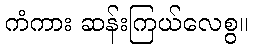
ကံကား ဆန်းကြယ်လေစွ။